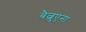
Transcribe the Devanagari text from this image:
बैल्बुएना